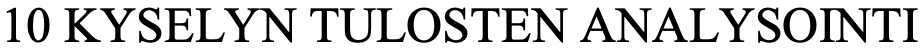
10 KYSELYN TULOSTEN ANALYSOINTI